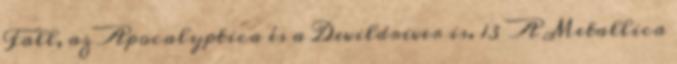
Fall, az Apocalyptica és a Devildriver is. 13 A Metallica